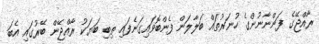
ރާއްޖޭގެ ފަންނާނުންގެ ހުނަރުތައް ބަލާލަން ފެންބޮވައިގަނެފައި ތިބި ބަޔަކު ރާއްޖޭން ބޭރުގައި އެބަ